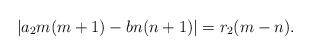
LaTeX: \begin{align*} |a_2m(m+1)-bn(n+1)|=r_2(m-n).\end{align*}